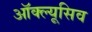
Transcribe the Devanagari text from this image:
ऑक्ल्यूसिव